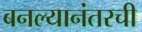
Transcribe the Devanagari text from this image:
बनल्यानंतरची